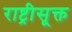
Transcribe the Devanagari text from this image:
राष्ट्रीसूक्त